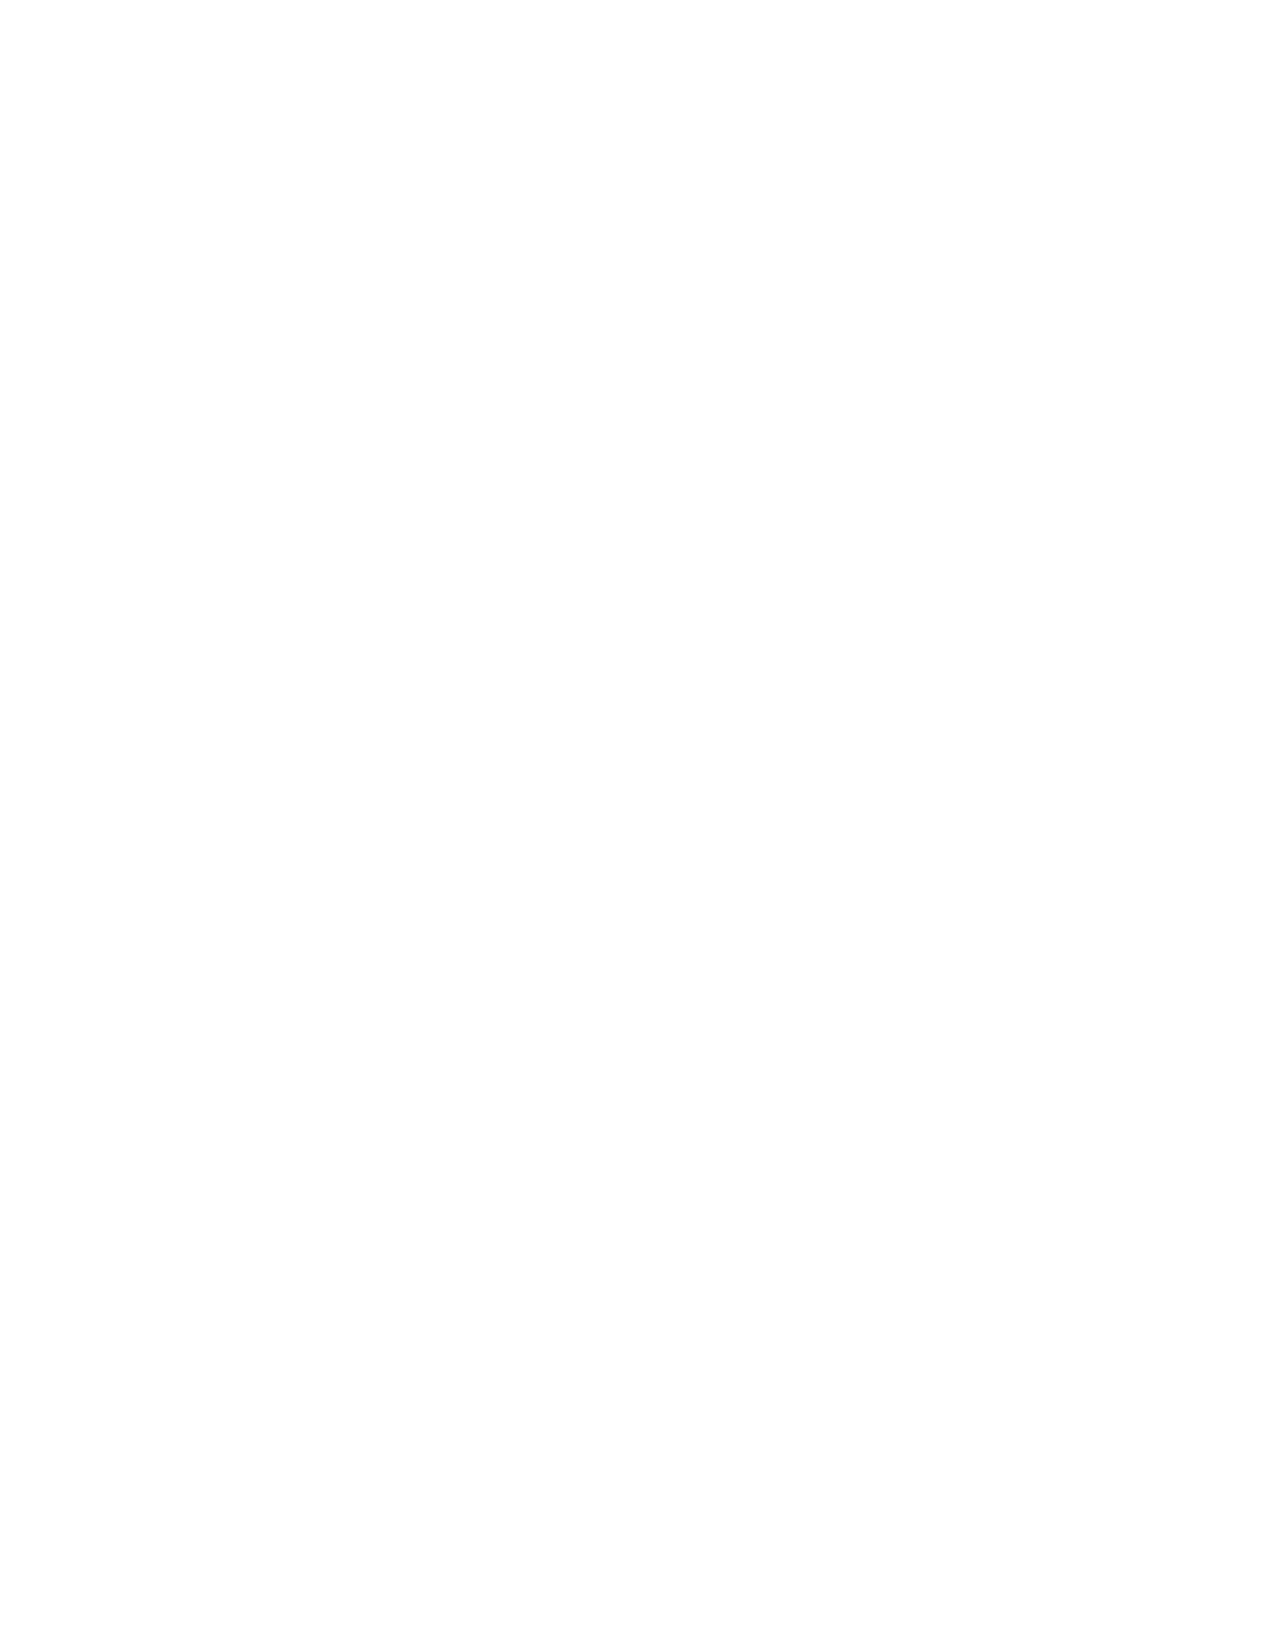
methodology summary is created at the request of PFMC members who asked for more detail on the
 forecast method than is provided in the Preseason Report I. Concerns have been raised at Oregon
 Production Index Technical Team meetings that the current method may have reduced predictive power
 in recent years due to factors like changes in the marine environment.
 There are many ways one may evaluate the predictive performance of a forecast method. In this short
 review we evaluated changes in fit of the OPIH model over time by fitting the current method to a 30-
 year moving window of data from 1969 to present. We also compared relative forecast performance for
 nine coho stocks that make substantial contributions to Council-area Coho Salmon fisheries.
 Methods
 OPIH forecast method
 OPIH forecast model inputs are Coho Salmon jack returns to all OPI hatcheries, jack returns to Columbia
 River hatcheries, smolts produced by Columbia River hatcheries, and delayed smolts at Columbia River
 hatcheries (Table 1). These inputs are reported annually in the Preseason Report I (PFMC 2021) table C-
 2. The response variable is the adult OPIH abundance which includes harvest impacts and escapement
 for public hatchery stocks originating in the Columbia River, Oregon coastal rivers, and the Klamath
 Basin, California. Adult estimates are derived from the Mixed Stock Model (MSM, Packer et al. 2007)
 from 1986 onwards. Each year a linear model (Eq. 1) is fit to data from 1969 to present, excluding 1983
 due to large El Niño impacts.
 Eq. 1     OPIH = a(Jack OPI ) + b(Jack CR [SmD /SmCR ]) + c, Where:
 t       t-1      t-1 t-1  t-1
 Jack OPI = jack returns to all OPI hatcheries in thousands
 Jack CR = jack returns to Columbia River hatcheries in thousands
 SmD = delayed smolts released from Columbia River hatcheries in millions
 SmCR = total smolts released from Columbia River hatcheries in millions
 A multivariate linear model is fit to the most current data in R (R Core Team 2021) and the total OPIH
 adult abundance in year t is forecast using jack and smolt production estimates from year t-1. Code and
 input data to replicate the model fit and prediction are available at
 https://github.com/ErikSuring/OPIH_Evaluation
 The total OPIH adult abundance is partitioned into Columbia River early, late, and coastal hatchery stock
 components. These component proportions are determined using stock-specific jack to adult
 regressions. The coastal hatchery component is further partitioned into northern and southern coastal
 components. The northern OPIH coastal component is comprised of hatchery production from the
 Oregon Coast. The southern OPIH coastal component is comprised of hatchery production from the
 Rogue River basin in southern Oregon and the Klamath and Trinity basins in northern California. The
 partition between coastal hatchery stocks is based on the proportion of smolt releases in each area in
 year t-1.
 Model fit over time
 To evaluate how OPIH model fit has changed over time we fit the model (Eq 1) to a 30-year moving
 window subset of the Table 1 data (e.g., 1970-1999, 1971-2000, and so on up to 1991-2020); the model